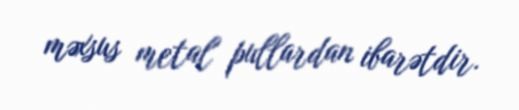
məxsus metal pullardan ibarətdir.